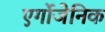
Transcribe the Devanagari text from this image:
एर्गोजेनिक